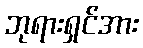
ဘုရားရှင်အား